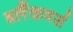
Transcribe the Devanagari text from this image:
ब्लैंकवर्स